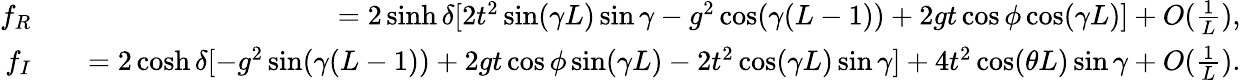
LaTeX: \begin{array}{rlr}{f_{R}}&{}&{=2\sinh{\delta}[2t^{2}\sin(\gamma L)\sin\gamma-g^{2}\cos(\gamma(L-1))+2gt\cos\phi\cos(\gamma L)]+O(\frac{1}{L}),}\\ {f_{I}}&{}&{=2\cosh{\delta}[-g^{2}\sin(\gamma(L-1))+2gt\cos\phi\sin(\gamma L)-2t^{2}\cos(\gamma L)\sin\gamma]+4t^{2}\cos(\theta L)\sin\gamma+O(\frac{1}{L}).}\end{array}